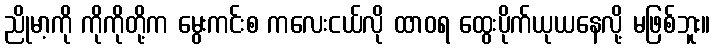
ညိုမာ့ကို ကိုကိုတို့က မွေးကင်းစ ကလေးငယ်လို ထာဝရ ထွေးပိုက်ယုယနေလို့ မဖြစ်ဘူး။